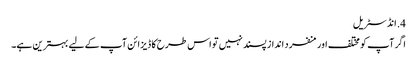
4. ​انڈسٹریل
اگر آپ کو مختلف اور منفرد انداز پسند نہیں تو اس طرح کا ڈیزائن آپ کے لیے بہترین ہے۔